Vaccination in Bombay 1902-1912 - 1902-1912
Year: 1902
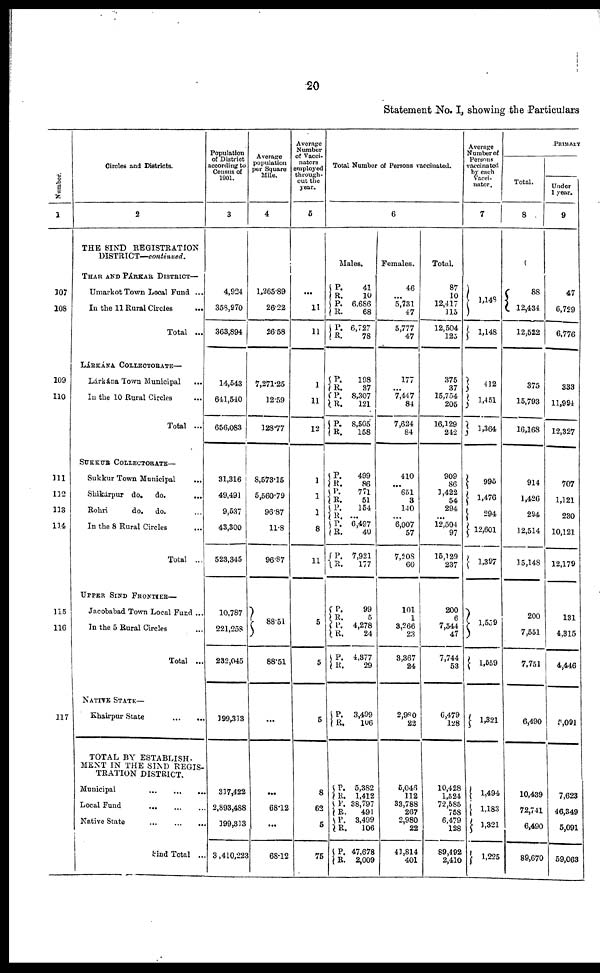
20
Statement No. I, showing the Particulars
Number.
1
107
108
109
110
111
112
113
114
115
116
117
Circles and Districts.
2
THE SIND REGISTRATION
DISTRICT—continued.
THAR AND PÁRKAR DISTRICT—
Umarkot Town Local Fund ...
In the 11 Rural Circles
...
Total ...
LÁRKÁNA COLLECTORATE—
Lárkána Town Municipal ...
In the 10 Rural Circles ...
Total ...
SUKKUR COLLECTORATE—
Sukkur Town Municipal ...
Shikárpur do.
do. ...
Rohri
do. do. ...
In the 8 Rural Circles ...
Total ...
UPPER SIND FRONTIER—
Jacobabad Town Local Fund ...
In the 5 Rural Circles ...
Total ...
NATIVE STATE—
Khairpur State
...
...
TOTAL BY ESTABLISH-
MENT IN THE SIND REGIS-
TRATION DISTRICT.
Municipal
...
...
...
Local Fund
...
...
...
Native State
...
...
...
Sind Total ...
Population
of District
according to
Census of
1901.
3
4,924
358,970
363,894
14,543
641,540
656,083
31,316
49,491
9,537
43,300
523,345
10,787
221,258
232,045
199,313
317,422
2,893,488
199,313
3,410,223
Average
population
per Square
Mile.
4
1,265.89
26.22
26.58
7,271.25
12.59
128.77
8,573.15
5,560.79
96.87
11.8
96.87
88.51
88.51
...
...
68.12
...
68.12
Average
Number
of Vacci-
nators
employed
through-
out the
year.
5
...
11
11
1
11
12
1
1
1
8
11
5
5
5
8
62
5
75
Total Number of Persons vaccinated.
6
Males.
P.
R. P.
R.
P.
R.
P.
R.
P.
R.
P.
R.
P.
R.
P.
R.
P.
R.
P.
R.
P.
R.
P.
R.
P.
R.
P.
R.
P.
R.
P.
R.
P.
R.
P.
R.
P.
R.
41
10
6,686
68
6,727
78
198
37
8,307
121
8,505
158
499
86
771
51
154
...
6,497
40
7,921
177
99
5
4,278
24
4,377
29
3,499
106
5,382
1,412
38,797
491
3,499
106
47,678
2,009
Females.
46
...
5,731
47
5,777
47
177
...
7,447
84
7,624
84
410
...
651
3
140
...
6,007
57
7,208
60
101
1
3,266
23
3,367
24
2,980
23
5,046
112
33,788
267
2,980
22
41,814
401
Total.
87
10
12,417
115
12,504
123
375
37
15,754
205
16,129
242
909
86
1,422
54
294
...
12,504
97
16,129
237
200
6
7,544
47
7,744
53
6,479
128
10,428
1,524
72,585
758
6,479
128
89,492
2,410
Average
Number of
Persons
vaccinated
by each
Vacci-
nator.
7
1,148
1,148
412
1,451
1,364
995
1,476
294
12,601
1,397
1,559
1,559
1,321
1,494
1,183
1,321
1,225
PRIMARY
Total.
8
88
12,434
12,522
375
15,793
16,168
914
1,426
294
12,514
15,148
200
7,551
7,751
6,490
10,439
72,741
6,490
89,670
Under
1 year.
9
47
6,729
6,776
333
11,994
12,327
707
1,121
230
10,121
12,179
131
4,315
4,446
5,091
7,623
46,349
5,091
59,063